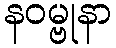
နဝမ္ဗုနာ